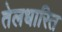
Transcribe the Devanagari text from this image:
तेलधारित